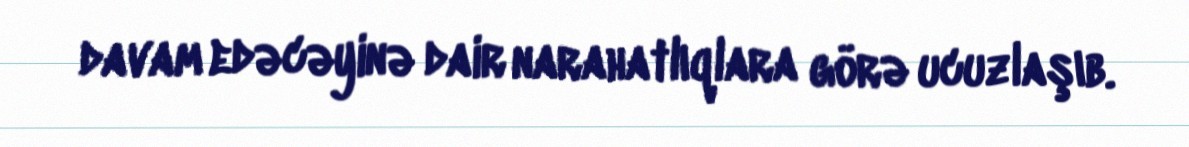
davam edəcəyinə dair narahatlıqlara görə ucuzlaşıb.